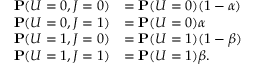
\begin{array} { r l } { \mathbf { P } ( U = 0 , J = 0 ) } & { = \mathbf { P } ( U = 0 ) ( 1 - \alpha ) } \\ { \mathbf { P } ( U = 0 , J = 1 ) } & { = \mathbf { P } ( U = 0 ) \alpha } \\ { \mathbf { P } ( U = 1 , J = 0 ) } & { = \mathbf { P } ( U = 1 ) ( 1 - \beta ) } \\ { \mathbf { P } ( U = 1 , J = 1 ) } & { = \mathbf { P } ( U = 1 ) \beta . } \end{array}